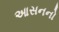
આસનનો